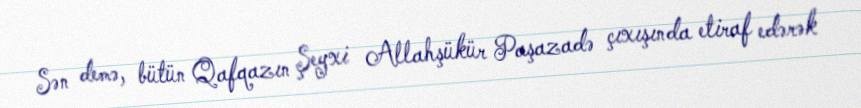
Sən demə, bütün Qafqazın Şeyxi Allahşükür Paşazadə çıxışında etiraf edərək